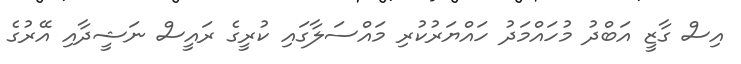
އިސް ގާޒީ އަބްދު މުހައްމަދު ހައްޔަރުކުރި މައްސަލާގައި ކުރީގެ ރައީސް ނަޝީދާއި އޭރުގެ